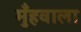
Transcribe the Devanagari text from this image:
मुँहवाला